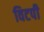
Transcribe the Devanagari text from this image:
विटपी